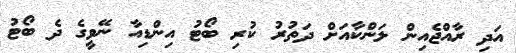
އަދި ރާއްޖެއިން ލަންކާއަށް ދަތުރު ކުރި ބޯޓު އިންޑިއާ ނޭވީގެ ދެ ބޯޓު